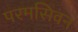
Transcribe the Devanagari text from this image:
परमसिवन